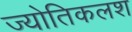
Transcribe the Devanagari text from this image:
ज्योतिकलश